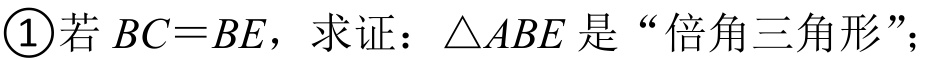
\textcircled{1}若\(BC = BE\)，求证：\(\triangle ABE\)是“倍角三角形”；